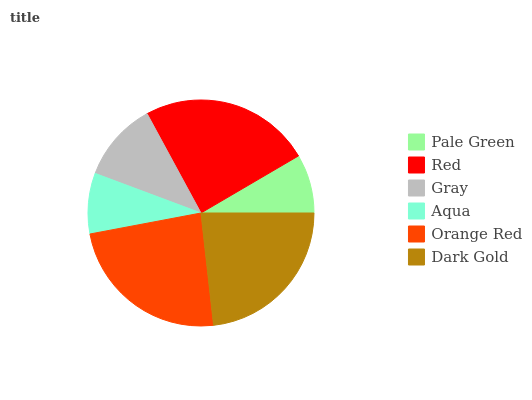
| Pale Green | Red | Gray | Aqua | Orange Red | Dark Gold |
 | --- | --- | --- | --- | --- | --- |
 | 8.43% | 24.5% | 11.4% | 8.65% | 23.8% | 23.2% |